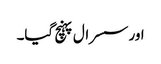
اور سسرال پہنچ گیا۔